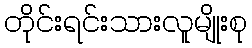
တိုင်းရင်းသားလူမျိုးစု